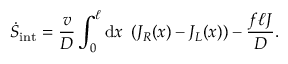
\dot { S } _ { \mathrm { i n t } } = \frac { v } { D } \int _ { 0 } ^ { \ell } \mathrm { d } x ~ \left( J _ { R } ( x ) - J _ { L } ( x ) \right) - \frac { f \ell J } { D } .